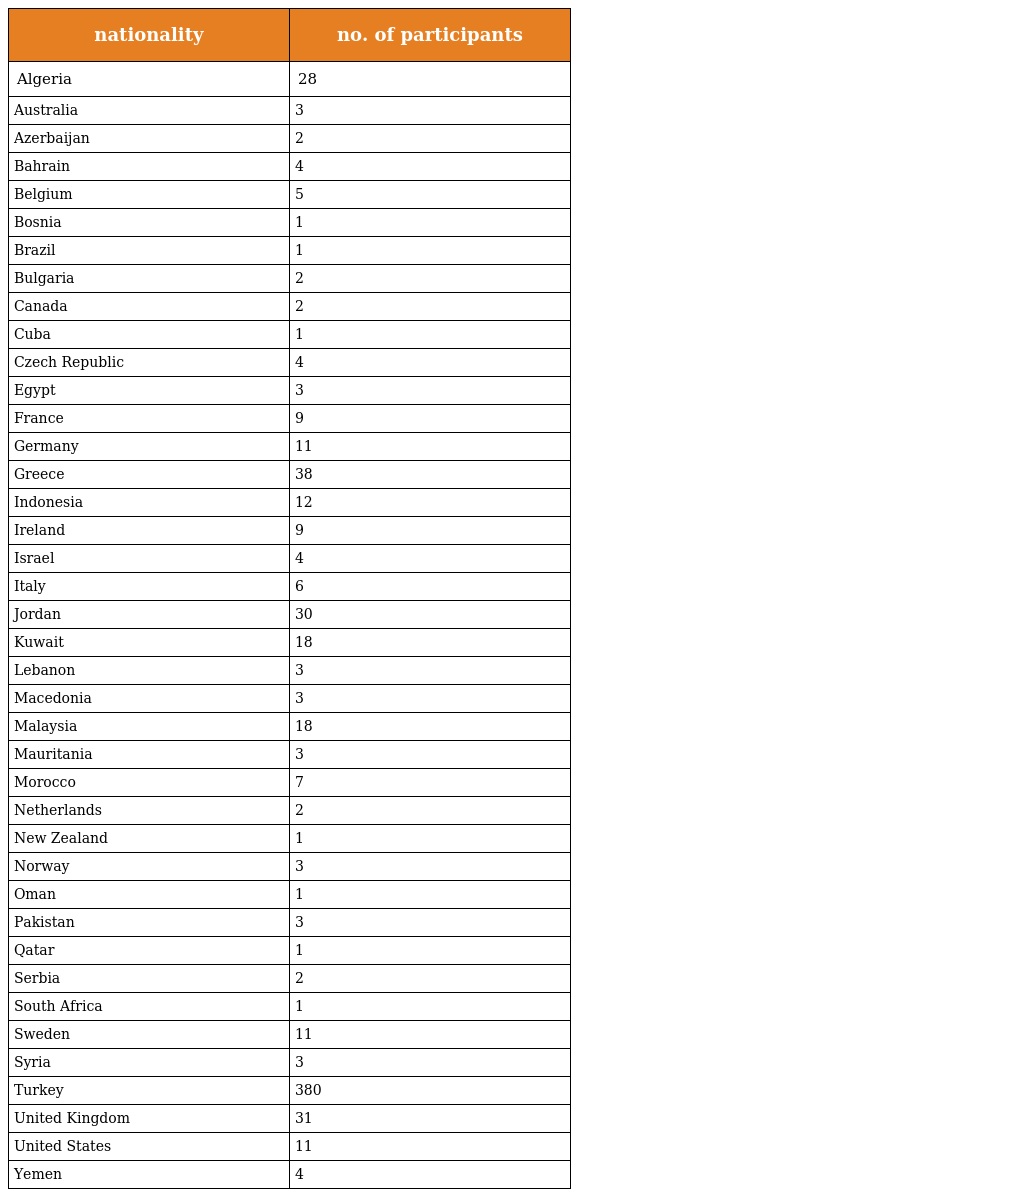
| nationality | no. of participants |
 | --- | --- |
 | Algeria | 28 |
 | Australia | 3 |
 | Azerbaijan | 2 |
 | Bahrain | 4 |
 | Belgium | 5 |
 | Bosnia | 1 |
 | Brazil | 1 |
 | Bulgaria | 2 |
 | Canada | 2 |
 | Cuba | 1 |
 | Czech Republic | 4 |
 | Egypt | 3 |
 | France | 9 |
 | Germany | 11 |
 | Greece | 38 |
 | Indonesia | 12 |
 | Ireland | 9 |
 | Israel | 4 |
 | Italy | 6 |
 | Jordan | 30 |
 | Kuwait | 18 |
 | Lebanon | 3 |
 | Macedonia | 3 |
 | Malaysia | 18 |
 | Mauritania | 3 |
 | Morocco | 7 |
 | Netherlands | 2 |
 | New Zealand | 1 |
 | Norway | 3 |
 | Oman | 1 |
 | Pakistan | 3 |
 | Qatar | 1 |
 | Serbia | 2 |
 | South Africa | 1 |
 | Sweden | 11 |
 | Syria | 3 |
 | Turkey | 380 |
 | United Kingdom | 31 |
 | United States | 11 |
 | Yemen | 4 |